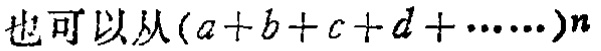
也可以从\((a + b + c + d + \cdots)^n\)